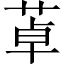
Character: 䓬